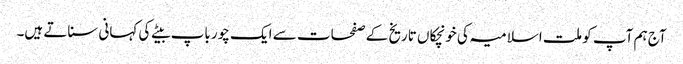
آج ہم آپ کو ملت اسلامیہ کی خونچکاں تاریخ کے صفحات سے ایک چور باپ بیٹے کی کہانی سناتے ہیں۔